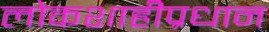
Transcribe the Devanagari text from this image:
लोकशाहीप्रधान